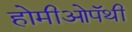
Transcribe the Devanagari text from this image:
होमीओपॅथी